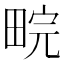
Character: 𬏉